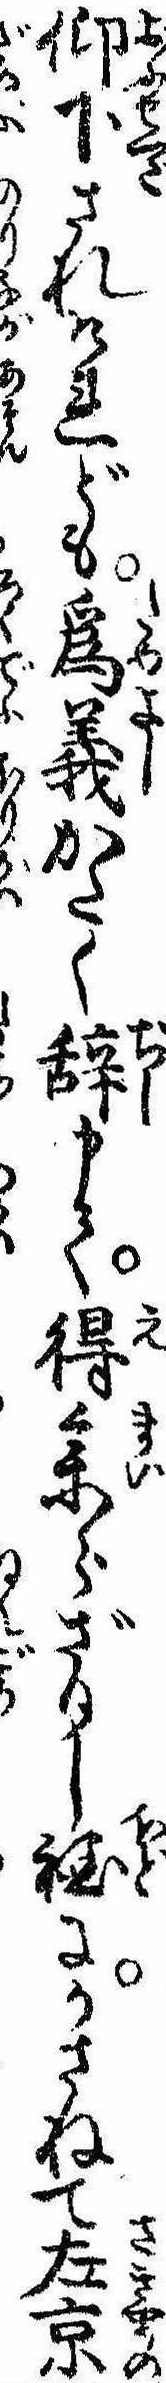
仰下されけれども為義かたく辞申て得参らざりし程にかさねて左京